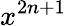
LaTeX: x^{2n+1}